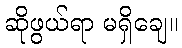
ဆိုဖွယ်ရာ မရှိချေ။